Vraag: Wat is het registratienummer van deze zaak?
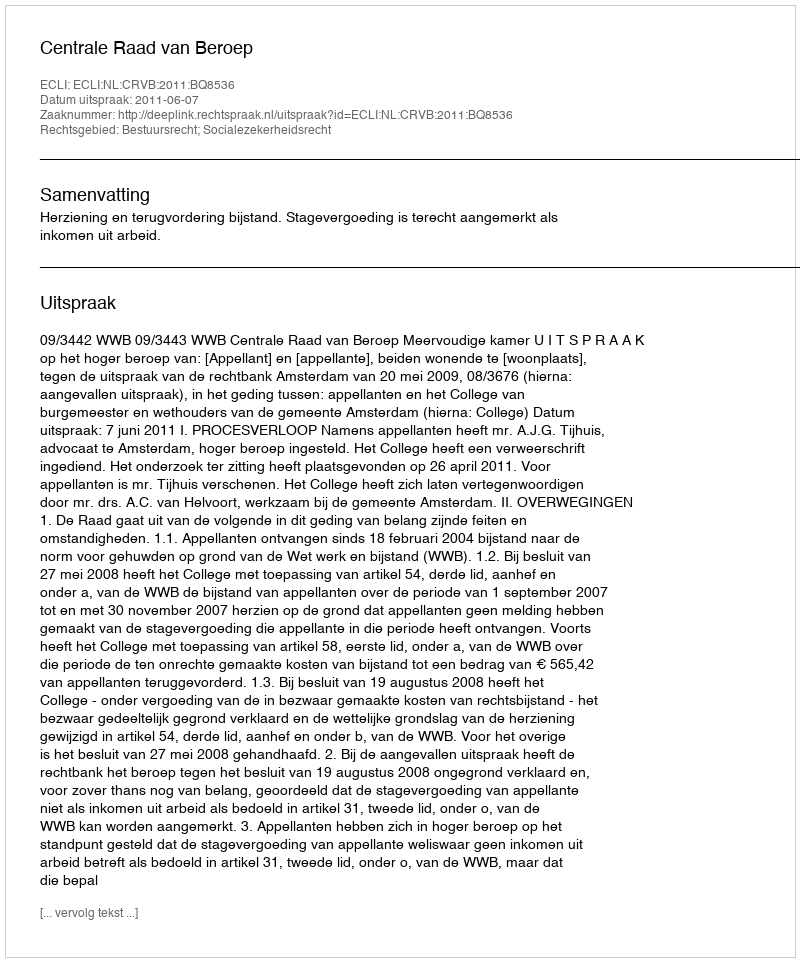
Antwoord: http://deeplink.rechtspraak.nl/uitspraak?id=ECLI:NL:CRVB:2011:BQ8536